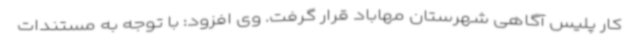
کار پلیس آگاهی شهرستان مهاباد قرار گرفت. وی افزود: با توجه به مستندات